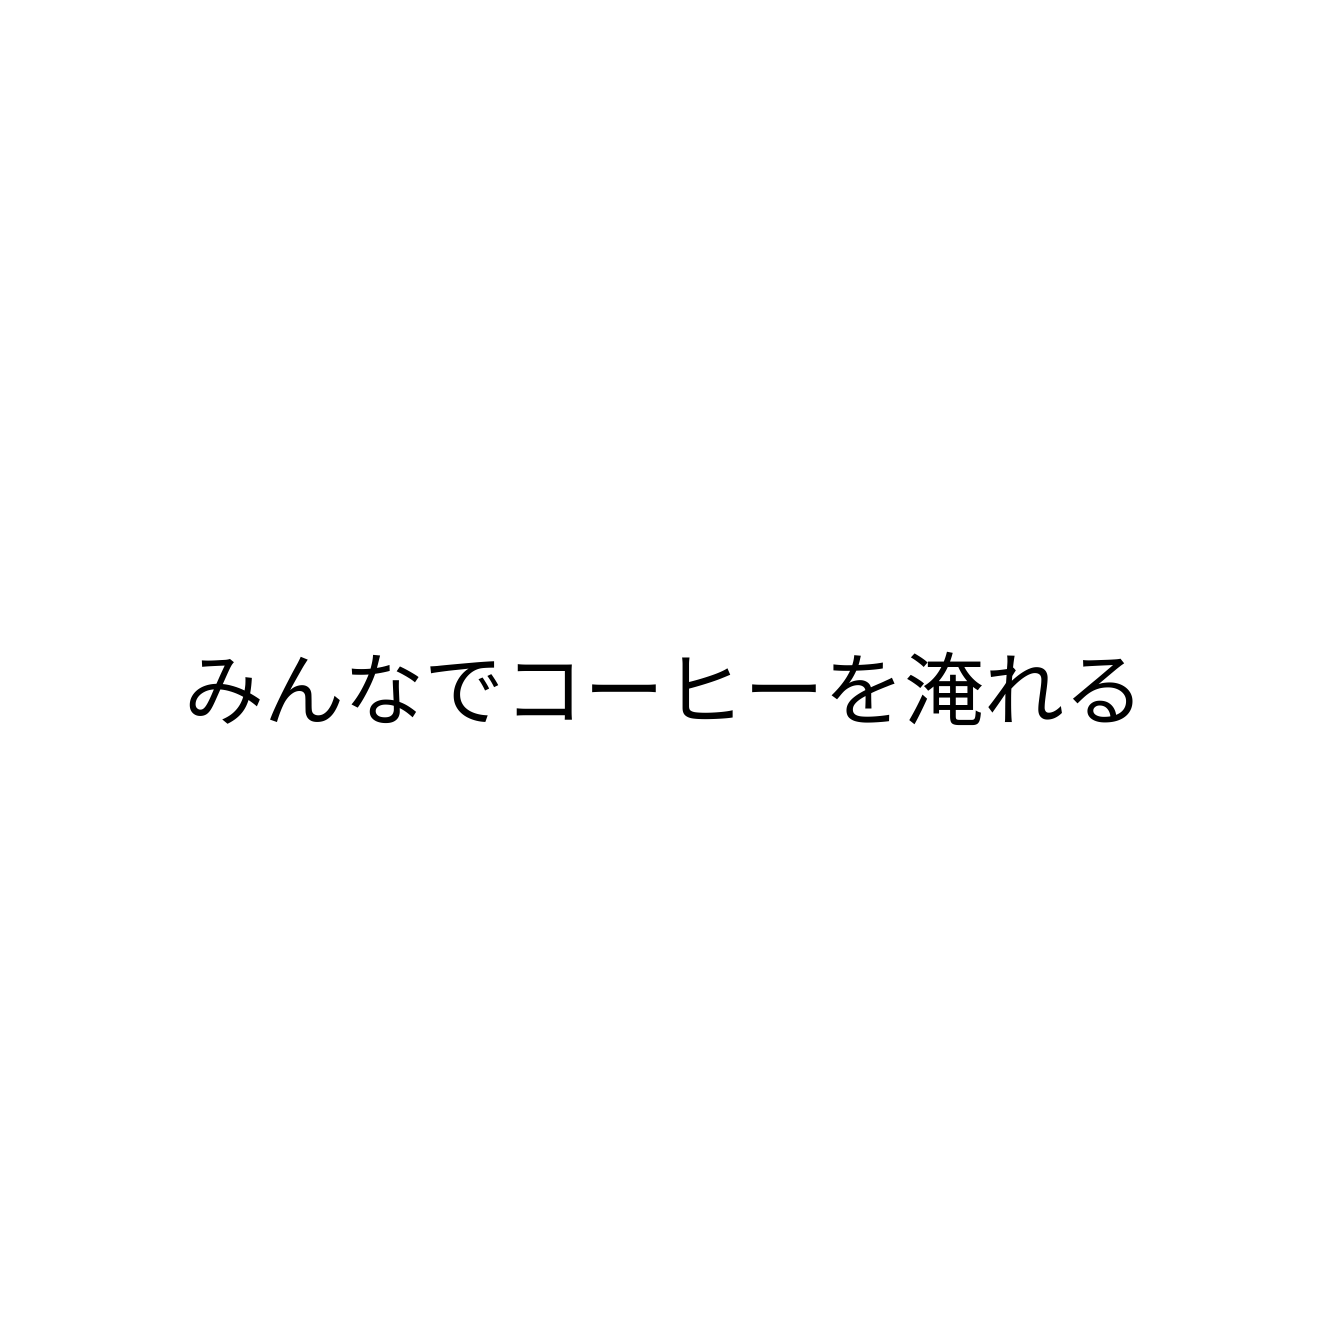
みんなでコーヒーを淹れる